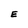
Character: E